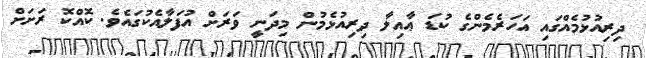
ދިރިއުޅުމެއްގައި އަހަރެމެންގެ ކުޑަ ޢާއިލާ ދިރިއުޅެމުން މިދަނީ ވަރަށް އުފަލާއެކުގައެވެ. ކޮއްކޮ ރަށަށް